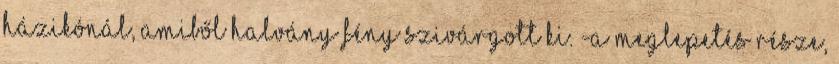
házikónál, amiből halvány fény szivárgott ki. -A meglepetés része,